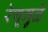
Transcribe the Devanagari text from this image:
रेणूमुळे